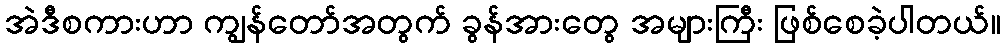
အဲဒီစကားဟာ ကျွန်တော်အတွက် ခွန်အားတွေ အများကြီး ဖြစ်စေခဲ့ပါတယ်။